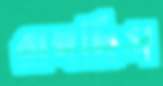
রাগছিস